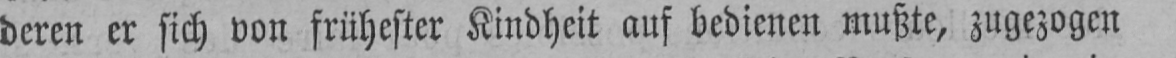
deren er sich von frühester Kindheit auf bedienen mußte, zugezogen